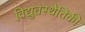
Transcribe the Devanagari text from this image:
विद्युतस्थैतिकी